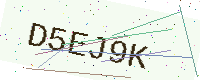
Text: D5EJ9K